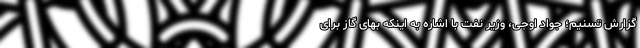
گزارش تسنیم؛ جواد اوجی، وزیر نفت با اشاره به اینکه بهای گاز برای